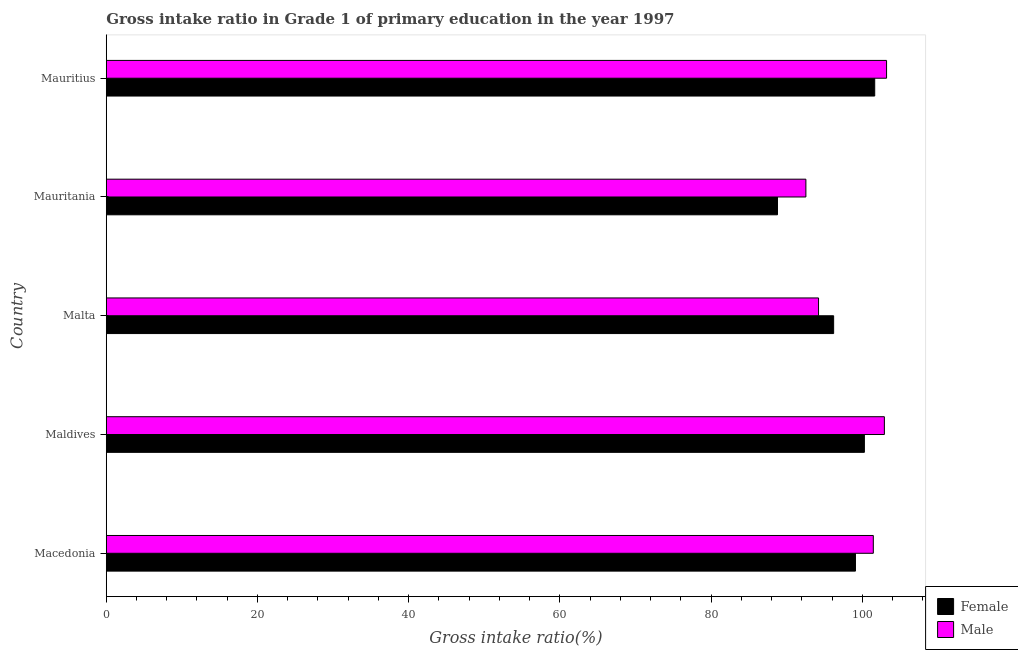
| Country | Female | Male |
 | --- | --- | --- |
 | Macedonia | 99.1 | 101 |
 | Maldives | 100 | 103 |
 | Malta | 96.2 | 94.2 |
 | Mauritania | 88.8 | 92.5 |
 | Mauritius | 102 | 103 |